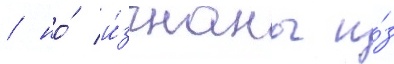
/ но́ и́згнаны и́з